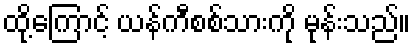
ထို့ကြောင့် ယန်ကီစစ်သားကို မုန်းသည်။